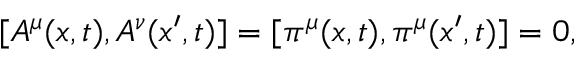
[ A ^ { \mu } ( { \boldsymbol { x } } , t ) , A ^ { \nu } ( { \boldsymbol { x } } ^ { \prime } , t ) ] = [ \pi ^ { \mu } ( { \boldsymbol { x } } , t ) , \pi ^ { \mu } ( { \boldsymbol { x } } ^ { \prime } , t ) ] = 0 ,